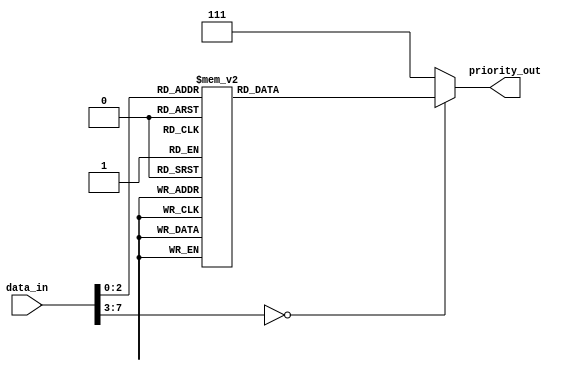
module priority_encoder (

input [7:0] data_in,
output [2:0] priority_out

);

reg [2:0] priority;

always @* begin
    case (data_in)
        8'h00: priority = 3'b000; //Highest priority
        8'h01: priority = 3'b001;
        8'h02: priority = 3'b010;
        8'h03: priority = 3'b011;
        8'h04: priority = 3'b100;
        8'h05: priority = 3'b101;
        8'h06: priority = 3'b110;
        8'h07: priority = 3'b111; //Lowest priority
        default: priority = 3'b111; //Assuming that if no input matches, highest priority is assigned
    endcase
end

assign priority_out = priority;

endmodule